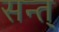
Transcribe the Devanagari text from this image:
सन्त्